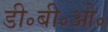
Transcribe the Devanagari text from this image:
डी॰बी॰ओ॰